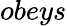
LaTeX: obeys